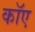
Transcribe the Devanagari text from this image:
काॅए